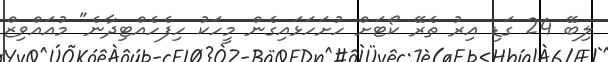
ލިބޭ 24 ގަޑި އިރު ތެރޭ ކޯޓަށް ހުށަހަޅައިގެން މީހަކު ހިފެހެއްޓިދާނެ" މުއައްވިޒް